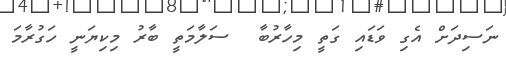
ނަސިދަށް އެގި ވަޑައި ގަތީ މިހާރުބާ  ސަލާމަތީ ބާރު މިކިޔަނީ ހަގުރާމަ